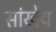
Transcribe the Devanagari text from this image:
सांखेय